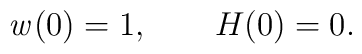
\ensuremath{\mathit{w}}(0) = 1, \qquad H(0) = 0 .